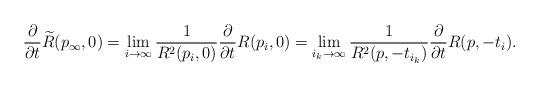
LaTeX: \begin{align*}\frac{\partial}{\partial t}\widetilde R(p_{\infty},0)=\lim_{i\rightarrow\infty} \frac{1}{R^{2}(p_{i},0)}\frac{\partial }{\partial t} R(p_{i},0)=\lim_{i_{k}\rightarrow\infty} \frac{1}{R^{2}(p,-t_{i_{k}})}\frac{\partial}{\partial t} R(p,-t_{i}).\end{align*}